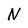
Character: N